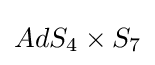
AdS_{4}\times S_{7}